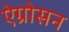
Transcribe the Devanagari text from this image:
ऐग्रोसन